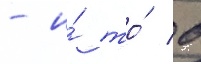
- и́ то́ в